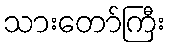
သားတော်ကြီး